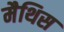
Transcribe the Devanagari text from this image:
मैथिस